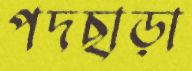
পদছাড়া